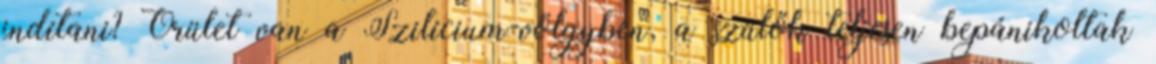
indítani? Őrület van a Szilícium-völgyben, a szülők teljesen bepánikoltak